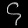
Digit: ၄